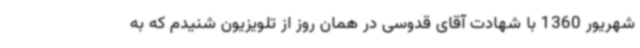
شهریور 1360 با شهادت آقای قدوسی در همان روز از تلویزیون شنیدم که به